Sanitation, dispensaries and jails vaccination Rajputana 1922-1927 - 1922-1927
Year: 1922
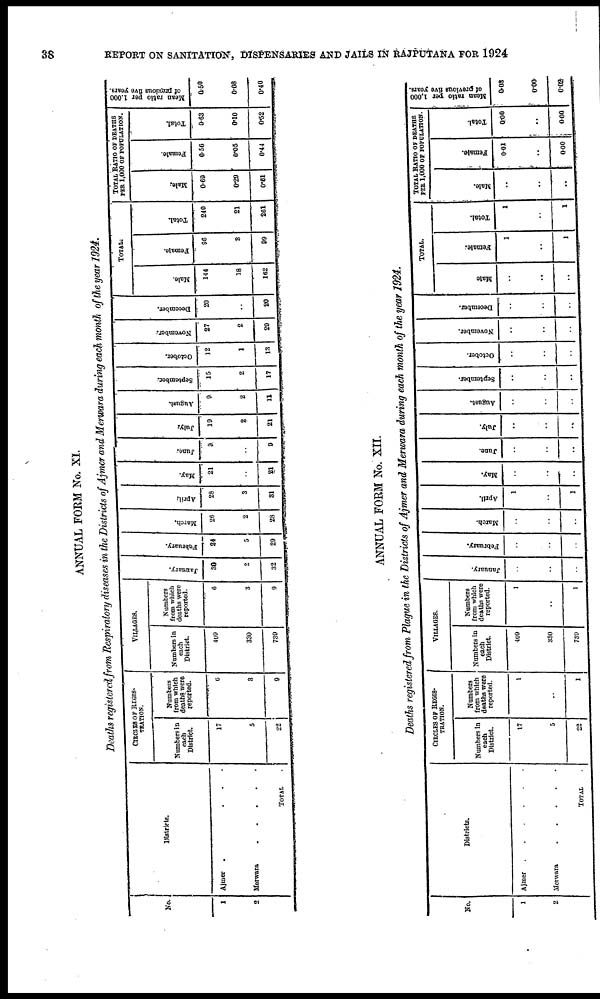
38
REPORT ON SANITATION, DISPENSARIES AND JAILS IN RAJPUTANA FOR 1924
ANNUAL FORM No. XI.
Deaths registered from Respiratory diseases in the Districts of Ajmer and Merwara during each month of the year 1924.
No.
1
2
District.
Ajmer .
.
.
.
Merwara . . . . .
TOTAL.
CIRCLES OF REGIS¬
TRATION.
Numbers in
each
District.
17
5
22
Numbers
from which
deaths were
reported.
6
3
9
VILLAGES.
Numbers in
each
District.
409
330
739
Numbers
from which
deaths were
reported.
6
3
9
January.
30
2
32
February.
24
5
29
March.
26
2
28
April.
28
3
31
May.
21
..
21
June.
9
..
9
July.
19
2
21
August.
9
2
11
September.
15
2
17
October.
12
1
13
November.
27
2
29
December.
20
..
20
TOTAL.
Male.
144
18
162
Female.
96
3
99
Total.
240
21
261
TOTAL RATIO OF DEATHS
PER 1,000 OF POPULATION.
Male.
0.69
0.29
0.61
Female.
0.56
0.05
0.44
Total.
0.63
0.10
0.52
Mean ratio per 1,000
of previous
five years.
0.50
0.08
0.40
ANNUAL FORM No. XII.
Deaths registered from Plague in the Districts of Ajmer and Merwara during each month of the year 1924.
No.
1
2
Districts.
Ajmer
.
.
.
.
.
.
Merwara . . . . .
TOTAL.
CIRCLES OF REGIS¬
TRATION.
Numbers in
each
District.
17
5
22
Numbers
from which
deaths were
reported.
1
..
1
VILLAGES.
Numbers in
each
District.
409
330
739
Numbers
from which
deaths were
reported.
1
..
1
January.
..
..
..
February.
..
..
..
March.
..
..
..
April.
1
..
1
May.
..
..
..
June.
..
..
..
July.
..
..
..
August.
..
..
..
September.
..
..
..
October.
..
..
..
November.
..
..
..
December.
..
..
..
TOTAL.
Male.
..
..
..
Female.
1
..
1
Total.
1
..
1
TOTAL RATIO OF DEATHS
PER 1,000 OF POPULATION.
Male.
..
..
..
Female.
0.01
..
0.00
Total.
0.00
..
0.00
Mean ratio per 1,000
of previous five years.
0.03
0.00
0.02